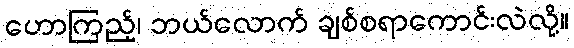
ဟောကြည့်၊ ဘယ်လောက် ချစ်စရာကောင်းလဲလို့။